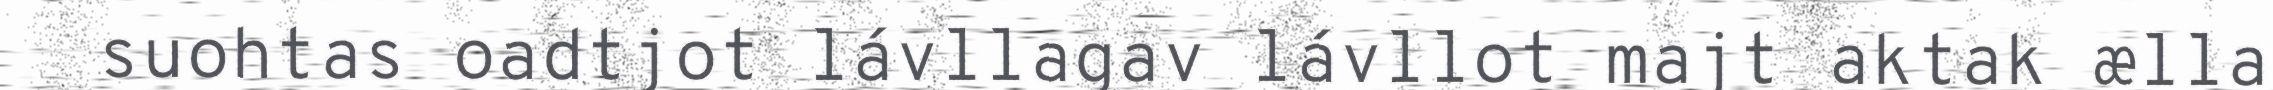
suohtas oadtjot lávllagav lávllot majt aktak ælla